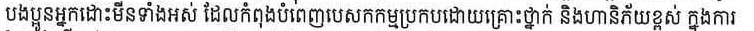
បងប្អូនអ្នកដោះមីនទាំងអស់ ដែលកំពុងបំពេញបេសកម្មប្រកបដោយគ្រោះថ្នាក់​​ និងហានិភ័យ ក្នុងការ